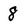
Character: 8